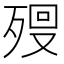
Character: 𣨨